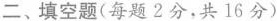
二、填空题(每题2分，共16分)